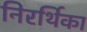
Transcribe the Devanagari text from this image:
निरर्थिका